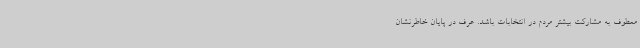
معطوف به مشارکت بیشتر مردم در انتخابات باشد. عرف در پایان خاطرنشان